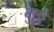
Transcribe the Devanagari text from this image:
गुठ्ठे